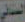
السناني